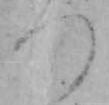
つ